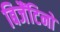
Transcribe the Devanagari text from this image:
बिजैंटिनों